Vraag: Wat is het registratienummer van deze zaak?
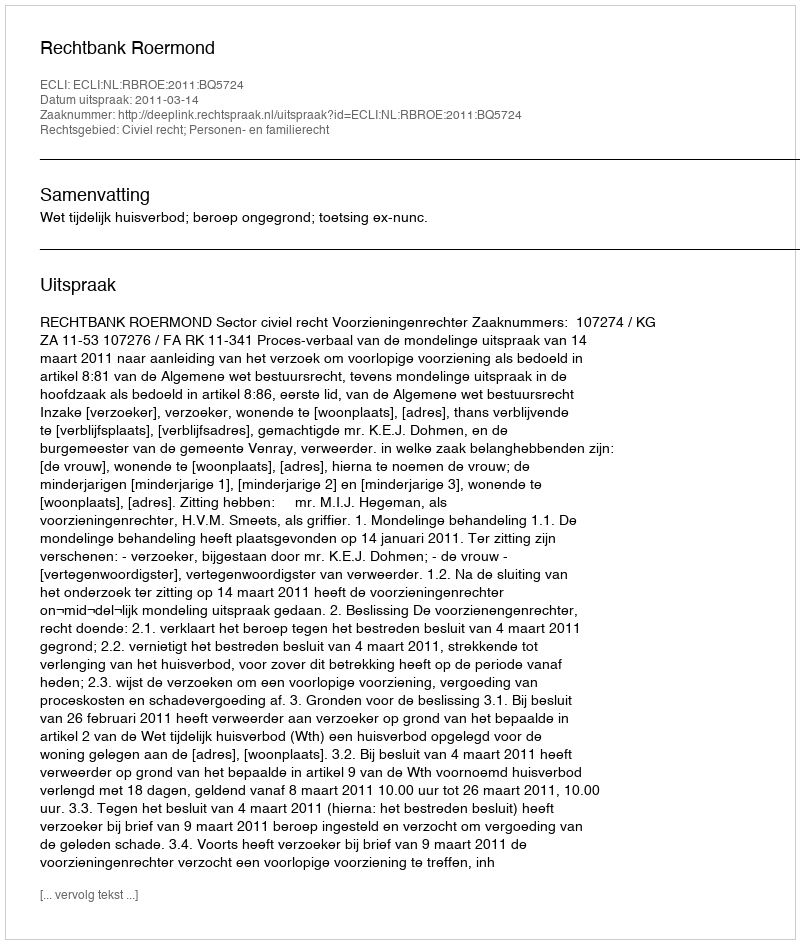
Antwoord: http://deeplink.rechtspraak.nl/uitspraak?id=ECLI:NL:RBROE:2011:BQ5724